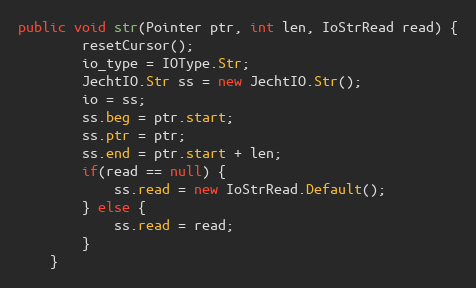
Language: Java
public void str(Pointer ptr, int len, IoStrRead read) {
        resetCursor();
        io_type = IOType.Str;
        JechtIO.Str ss = new JechtIO.Str();
        io = ss;
        ss.beg = ptr.start;
        ss.ptr = ptr;
        ss.end = ptr.start + len;
        if(read == null) {
            ss.read = new IoStrRead.Default();
        } else {
            ss.read = read;
        }
    }